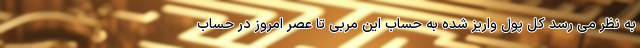
به نظر می رسد کل پول واریز شده به حساب این مربی تا عصر امروز در حساب